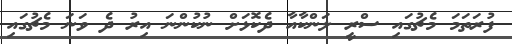
ފުރަތަމަ މެޗުގައި ސްރީ ލަންކާއާ ދެކޮޅަށް ނުކުންނަ އިރު ދެ ވަނަ މެޗުގައި